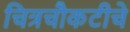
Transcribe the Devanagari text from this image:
चित्रचौकटीचे